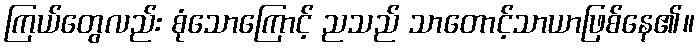
ကြယ်တွေလည်း စုံသောကြောင့် ညသည် သာတောင့်သာယာဖြစ်နေ၏။